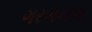
ગરજનના